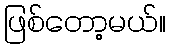
ဖြစ်တော့မယ်။